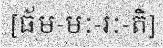
[ធ័ម-មៈ-រៈ-តិ]